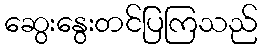
ဆွေးနွေးတင်ပြကြသည်